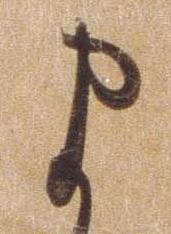
ま